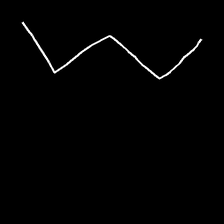
Glyph: crush